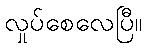
လှုပ်စေလေပြီ။